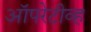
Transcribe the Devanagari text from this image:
ऑपरेटीव्ह